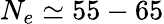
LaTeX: N_{e}\simeq 55-65